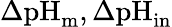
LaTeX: \Delta\textrm{pH}_{{\textrm{m}}},\Delta\textrm{pH}_{{\textrm{in}}}